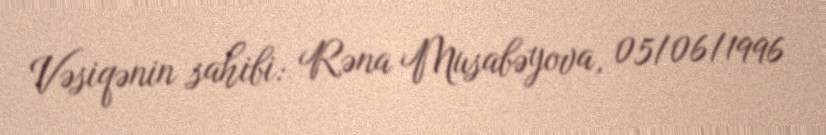
Vəsiqənin sahibi: Rəna Musabəyova, 05/06/1996